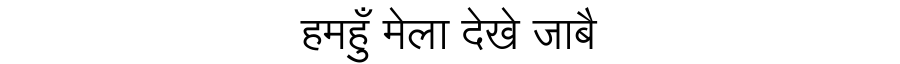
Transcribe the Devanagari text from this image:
हमहुँ मेला देखे जाबै